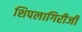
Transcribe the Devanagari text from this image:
शिपलागिरीजी